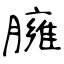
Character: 臃